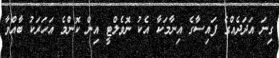
ގިނަ އަދަދެއްގެ ފައިސާގެ އިނާމަކާ އެކު ނޮވެލްޓީ އިން ކޮންމެ އަހަރަކު ބާއްވާ